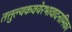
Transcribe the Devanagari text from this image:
तत्तुल्यकवयेरभावादनामिका